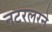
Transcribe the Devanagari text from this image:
नटरलरने